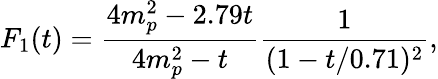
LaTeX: F_{1}(t)=\frac{4m_{p}^{2}-2.79t}{4m_{p}^{2}-t}\frac{1}{(1-t/0.71)^{2}},